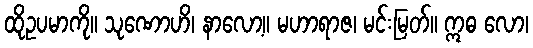
ထိုဥပမာကို။ သုဏောဟိ၊ နာလော့။ မဟာရာဇ၊ မင်းမြတ်။ ဣဓ လော၊